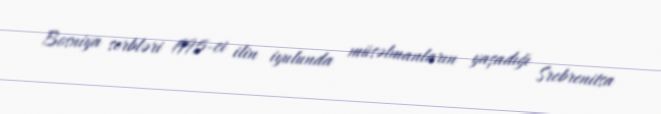
Bosniya serbləri 1995-ci ilin iyulunda müsəlmanların yaşadığı Srebrenitsa